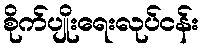
စိုက်ပျိုးရေးလုပ်ငန်း